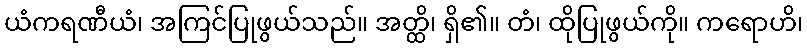
ယံကရဏီယံ၊ အကြင်ပြုဖွယ်သည်။ အတ္ထိ၊ ရှိ၏။ တံ၊ ထိုပြုဖွယ်ကို။ ကရောဟိ၊